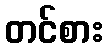
တင်စား